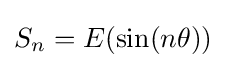
S_{n}=E(\sin(n\theta ))